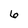
Character: 6